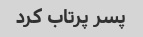
پسر پرتاب کرد